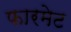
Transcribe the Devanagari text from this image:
फारमेट